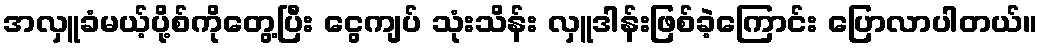
အလှူခံမယ့်ပို့စ်ကိုတွေ့ပြီး ငွေကျပ် သုံးသိန်း လှူဒါန်းဖြစ်ခဲ့ကြောင်း ပြောလာပါတယ်။